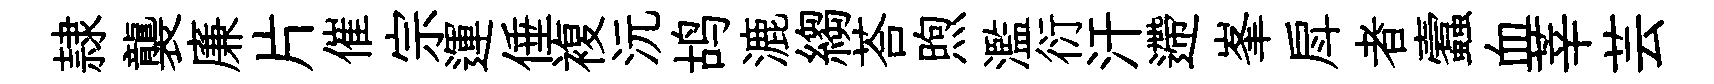
隷襲廉片催宗運倕複沅鸪漉縐荅煦濫衍汗遰峯戽者蠧血莘芸